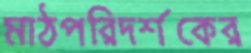
মাঠপরিদর্শকের